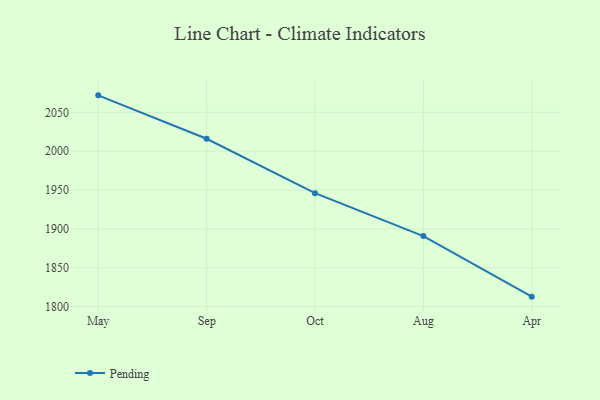
{"axis": {"x": "Month", "y": "Customer Acquisition Cost (USD)"}, "legend": ["Pending"], "data": [{"x": "May", "y": 2071.9, "type": "Pending"}, {"x": "Sep", "y": 2016.0, "type": "Pending"}, {"x": "Oct", "y": 1945.9, "type": "Pending"}, {"x": "Aug", "y": 1890.7, "type": "Pending"}, {"x": "Apr", "y": 1812.7, "type": "Pending"}]}